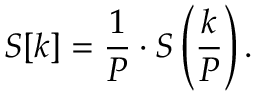
S [ k ] = { \frac { 1 } { P } } \cdot S \left( { \frac { k } { P } } \right) .